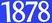
1878